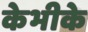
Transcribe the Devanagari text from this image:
केभीके